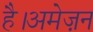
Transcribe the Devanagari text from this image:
है।अमेज़न